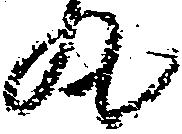
丸